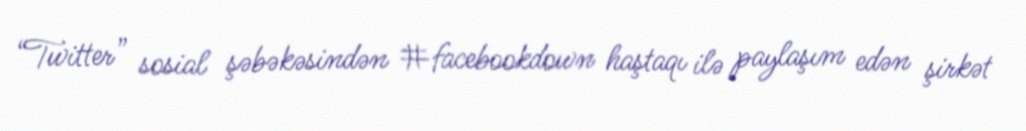
“Twitter” sosial şəbəkəsindən #facebookdown haştaqı ilə paylaşım edən şirkət